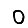
Digit: 0